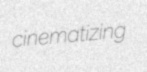
cinematizing